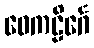
ဝေကဠိင်္ဂေ